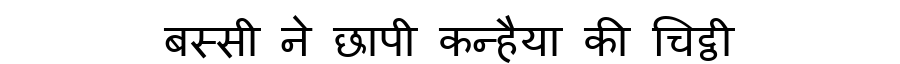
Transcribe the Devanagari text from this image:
बस्सी ने छापी कन्हैया की चिट्ठी